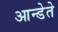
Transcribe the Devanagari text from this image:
आन्डेते